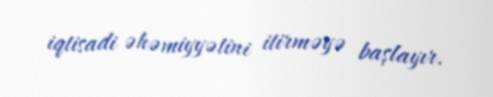
iqtisadi əhəmiyyətini itirməyə başlayır.